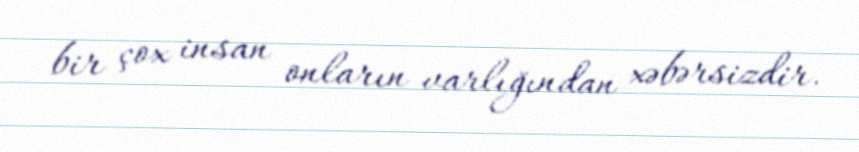
bir çox insan onların varlığından xəbərsizdir.